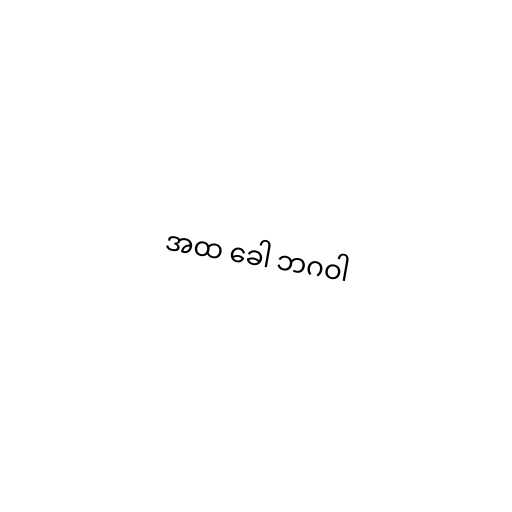
အထ ခေါ ဘဂဝါ